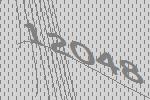
12048